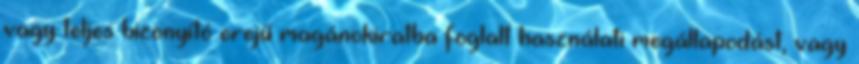
vagy teljes bizonyító erejű magánokiratba foglalt használati megállapodást, vagy